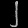
Digit: ၂